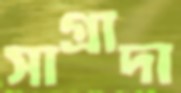
সাগ্রাদা